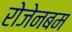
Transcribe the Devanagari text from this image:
रोजेनबम